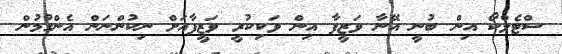
ސްޓެލްކޯ އިން ބުނީ އޭނާ ވަޒީފާ އިން ވަކިކުރީ ވަޒީފާއަށް ނިކުންނަން އެންގުމުން